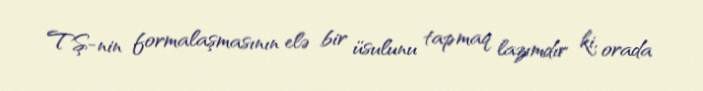
TŞ-nin formalaşmasının elə bir üsulunu tapmaq lazımdır ki, orada